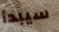
سيبدأ